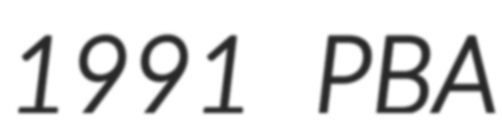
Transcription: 1991 PBA